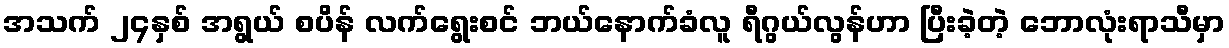
အသက် ၂၄နှစ် အရွယ် စပိန် လက်ရွေးစင် ဘယ်နောက်ခံလူ ရီဂွယ်လွန်ဟာ ပြီးခဲ့တဲ့ ဘောလုံးရာသီမှာ